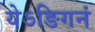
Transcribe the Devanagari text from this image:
येऽङिगनं